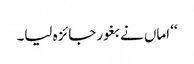
‘‘ اماں نے بغور جائزہ لیا۔